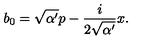
b _ { 0 } = \sqrt { \alpha ^ { \prime } } p - \frac { i } { 2 \sqrt { \alpha ^ { \prime } } } x .